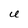
Character: U